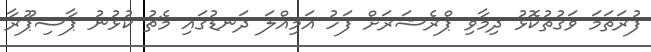
ފުރަތަމަ ވަގުތުކޮޅު ދިމާވި ޕްރެޝަރަށް ފަހު އަމިއްލަ ދަނޑުގައި މެޗު ކުޅުނު ޕާސިޕޫރާ